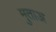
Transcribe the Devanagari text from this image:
मुताअ